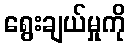
ရွေးချယ်မှုကို